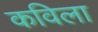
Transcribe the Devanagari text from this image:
कविला